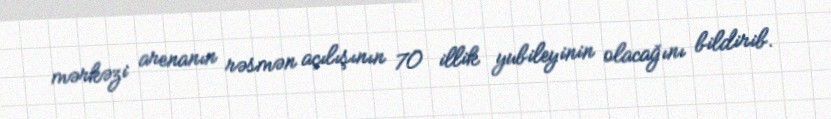
mərkəzi arenanın rəsmən açılışının 70 illik yubileyinin olacağını bildirib.